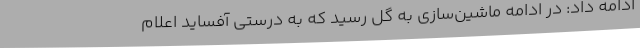
ادامه داد: در ادامه ماشین‌سازی به گل رسید که به درستی آفساید اعلام